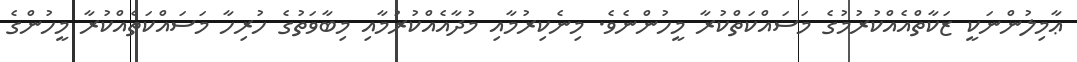
ޢާމިލުންނަކީ ޒަކާތްއެއްކުރުމުގެ މަސައްކަތްކުރާ މީހުންނެވެ. މިނެކިރުމާއި މުދާއެއްކުރުމާއި މިބާވަތުގެ ހުރިހާ މަސައްކަތެއްކުރާ މީހުންގެ